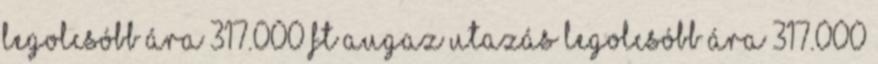
legolcsóbb ára 317.000 Ft AUGAz utazás legolcsóbb ára 317.000